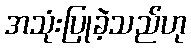
အသုံးပြုခဲ့သည်ဟု